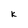
Character: k